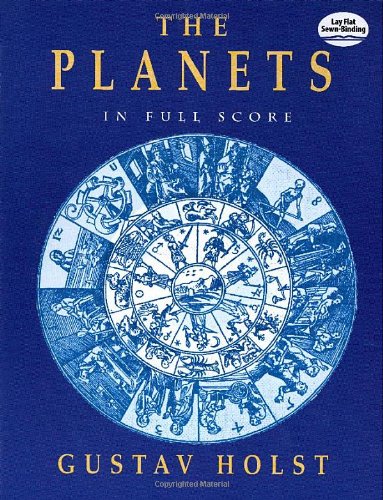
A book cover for The Planets in Full Score (Dover Music Scores); Gustav Holst; Humor & Entertainment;